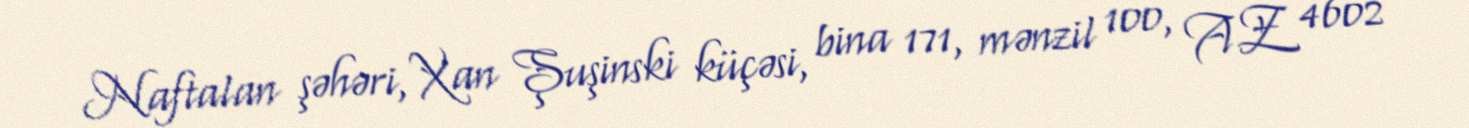
Naftalan şəhəri, Xan Şuşinski küçəsi, bina 171, mənzil 100, AZ 4602